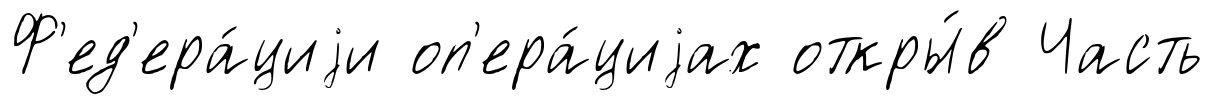
Ф'ед'ера́циjи оп'ера́циjах откры́в Часть